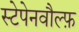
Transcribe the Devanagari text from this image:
स्टेपेनवौल्फ़